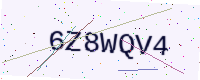
Text: 6Z8WQV4